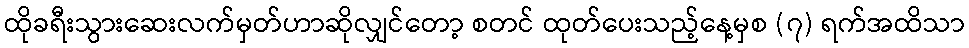
ထိုခရီးသွားဆေးလက်မှတ်ဟာဆိုလျှင်တော့ စတင် ထုတ်ပေးသည့်နေ့မှစ (၇) ရက်အထိသာ